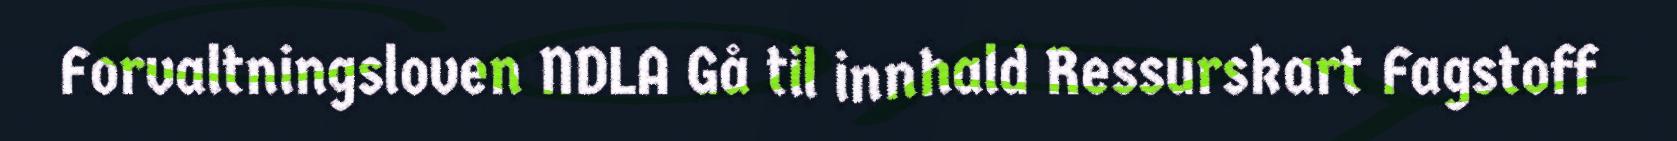
Forvaltningsloven NDLA Gå til innhald Ressurskart Fagstoff